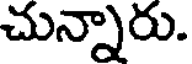
చున్నారు.